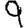
Digit: 9